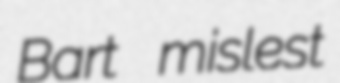
Bart mislest